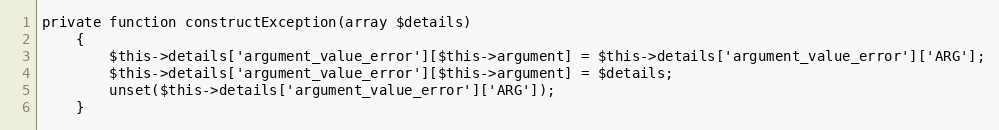
Language: PHP
private function constructException(array $details)
    {
        $this->details['argument_value_error'][$this->argument] = $this->details['argument_value_error']['ARG'];
        $this->details['argument_value_error'][$this->argument] = $details;
        unset($this->details['argument_value_error']['ARG']);
    }